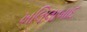
ખલિલાબાદ